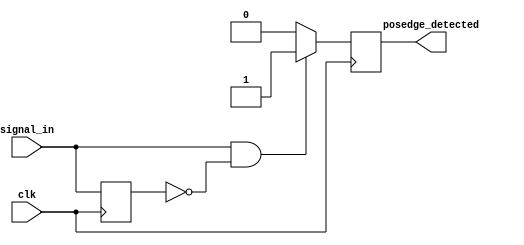
module posedge_detector (
    input  wire clk,               // Clock input
    input  wire signal_in,         // Input signal to detect rising edge
    output reg  posedge_detected   // Output pulse for rising edge detection
);

    reg signal_in_prev;            // Register to hold the previous state of the input signal

    always @(posedge clk) begin
        // Detecting rising edge
        if (signal_in && ~signal_in_prev) begin
            posedge_detected <= 1'b1; // Set output pulse high
        end else begin
            posedge_detected <= 1'b0; // Reset output pulse
        end
        
        // Update the previous state
        signal_in_prev <= signal_in; // Store the current signal for next comparison
    end

endmodule